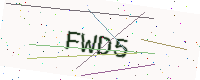
Text: FWD5